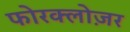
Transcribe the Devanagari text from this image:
फोरक्लोज़र